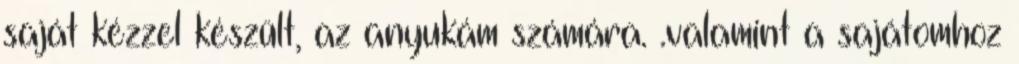
saját kézzel készült, az anyukám számára. .valamint a sajátomhoz